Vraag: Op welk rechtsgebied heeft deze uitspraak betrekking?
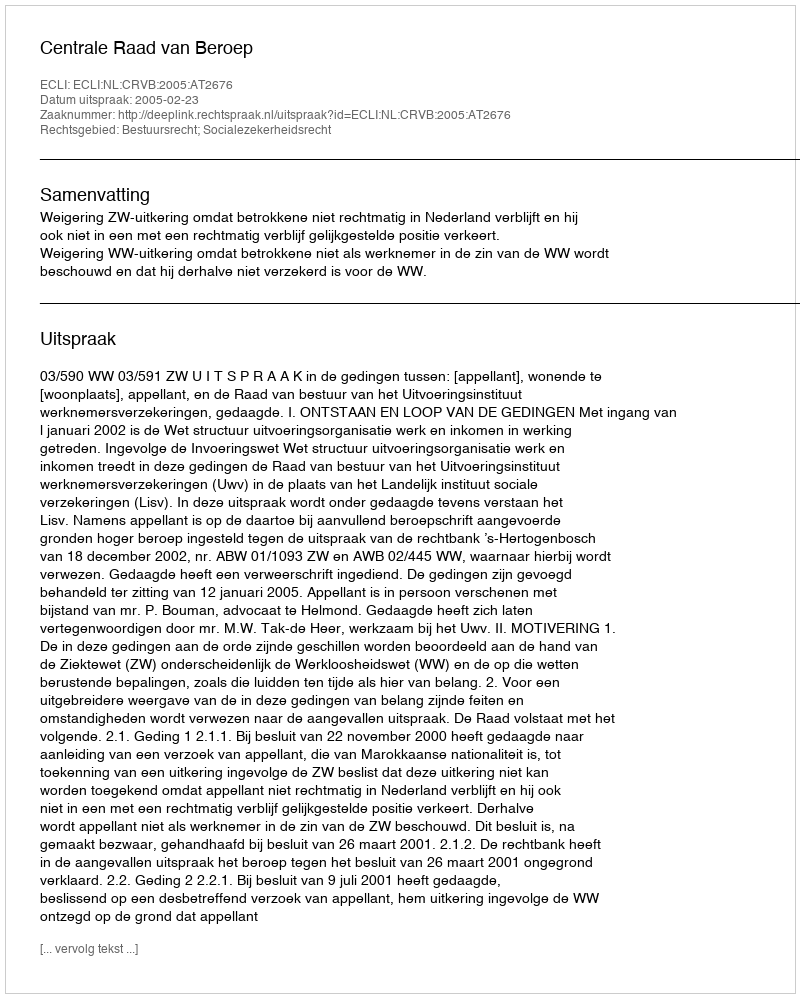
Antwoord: Bestuursrecht; Socialezekerheidsrecht